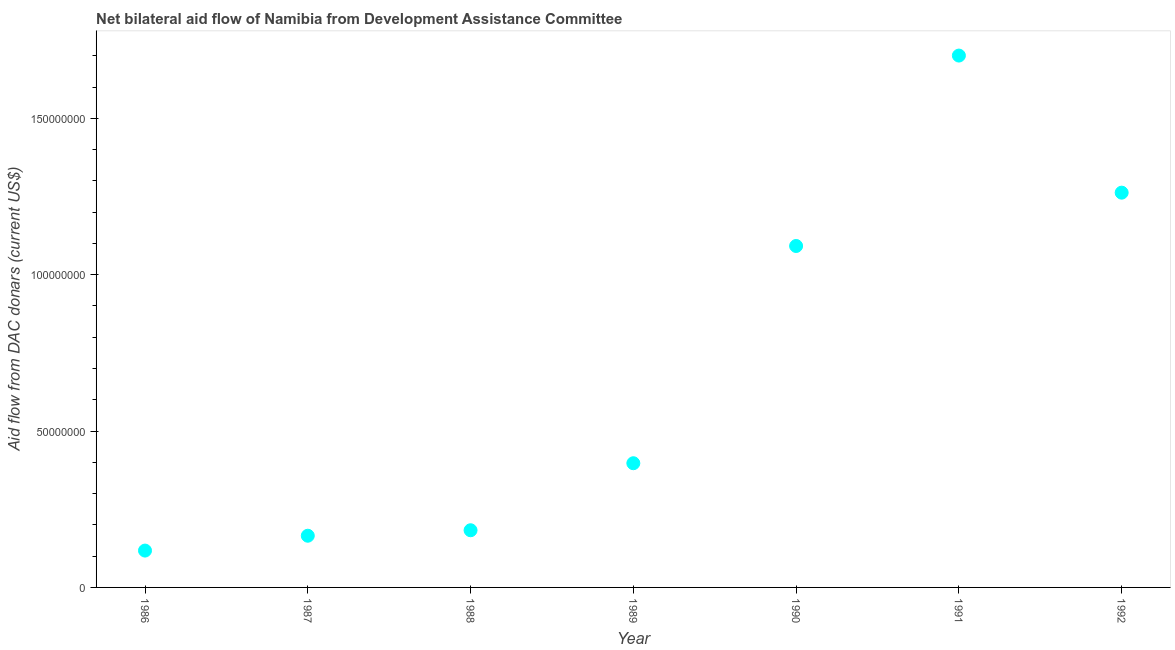
| Year | Net bilateral aid flows from DAC donors |
 | --- | --- |
 | 1986 | 1.18e+07 |
 | 1987 | 1.65e+07 |
 | 1988 | 1.83e+07 |
 | 1989 | 3.97e+07 |
 | 1990 | 1.09e+08 |
 | 1991 | 1.7e+08 |
 | 1992 | 1.26e+08 |